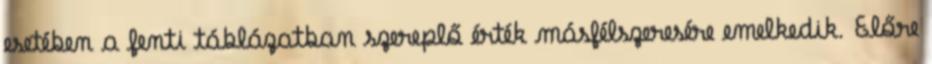
esetében a fenti táblázatban szereplő érték másfélszeresére emelkedik. Előre